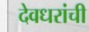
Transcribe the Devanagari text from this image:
देवधरांची